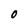
Character: O